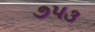
૭૫૩